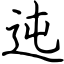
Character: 迍